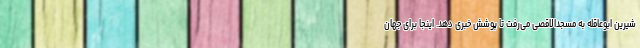
شیرین ابوعاقله به مسجدالاقصی می‌رفت تا پوشش خبری دهد. اینجا برای جهان